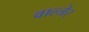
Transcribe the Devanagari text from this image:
वाल्जेर